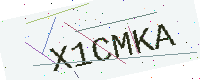
Text: X1CMKA